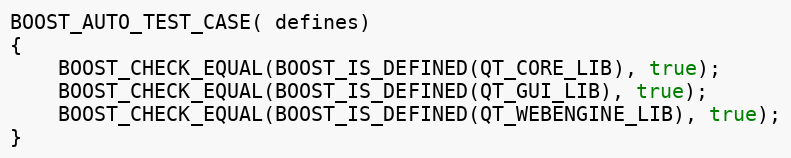
Language: C++
BOOST_AUTO_TEST_CASE( defines)
{
    BOOST_CHECK_EQUAL(BOOST_IS_DEFINED(QT_CORE_LIB), true);
    BOOST_CHECK_EQUAL(BOOST_IS_DEFINED(QT_GUI_LIB), true);
    BOOST_CHECK_EQUAL(BOOST_IS_DEFINED(QT_WEBENGINE_LIB), true);
}